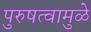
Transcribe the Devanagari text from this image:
पुरुषत्वामुळे